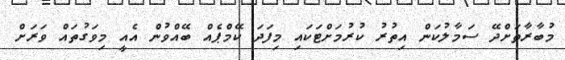
މުބާރާތަށްދޭ ސަމާލުކަން އިތުރު ކުރުމަށްޓަކައި މިފަދަ ކޭމްޕެއް ބޭއްވުން އެއީ މިވަގުތައް ވަރަށް